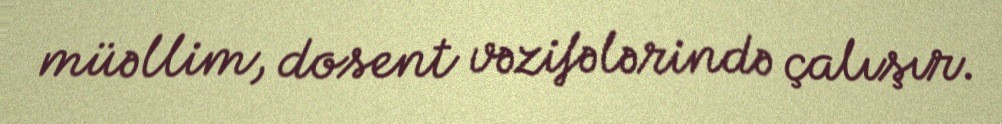
müəllim, dosent vəzifələrində çalışır.